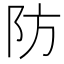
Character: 防